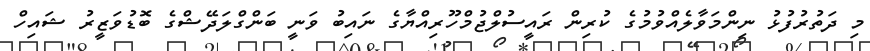
މި ދަތުރުފުޅު ނިންމަވާލެއްވުމުގެ ކުރިން ރައީސުލްޖުމްހޫރިއްޔާގެ ނައިބު ވަނީ ބަންގްލަދޭޝްގެ ބޮޑުވަޒީރު ޝައިހް